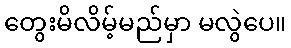
တွေးမိလိမ့်မည်မှာ မလွဲပေ။